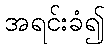
အရင်းခံ၍